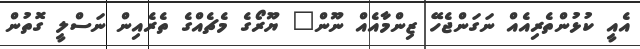
އެއީ ކުޅުންތެރިއެއް ނަގަންޖެހޭ ޒިންމާއެއް ނޫން" ޔޫރޯގެ މެޗެއްގެ ތެރެއިން ނަސްލީ ގޮތުން